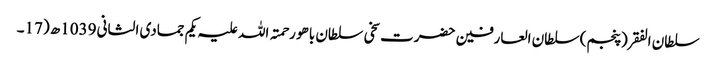
سلطان الفقر(پنجم) سلطان العارفین حضرت سخی سلطان باھو رحمتہ اللہ علیہ یکم جمادی الثانی 1039ھ (17۔